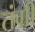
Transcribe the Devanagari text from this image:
तंग्री